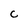
Character: c